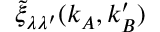
\tilde { \xi } _ { \lambda \lambda ^ { \prime } } ( \boldsymbol { k } _ { A } , \boldsymbol { k } _ { B } ^ { \prime } )